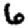
Digit: 6